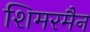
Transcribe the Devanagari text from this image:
शिमरमैन